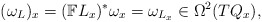
\begin{gather*} ( \omega _L ) _x = ( \mathbb{F} L _x ) ^\ast \omega _x = \omega _{L _x} \in \Omega ^2 ( T Q _x ) ,\end{gather*}